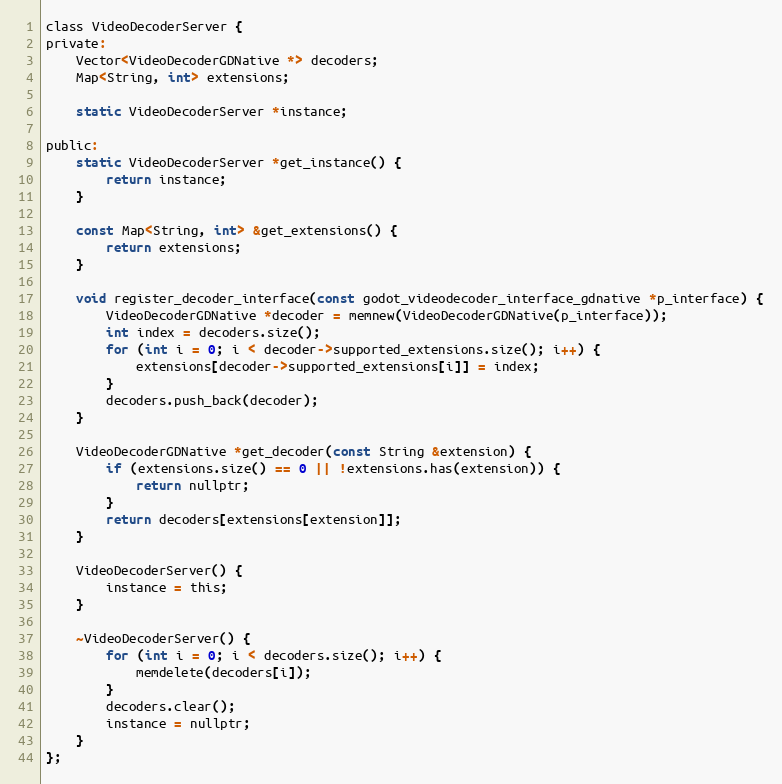
Language: C
class VideoDecoderServer {
private:
	Vector<VideoDecoderGDNative *> decoders;
	Map<String, int> extensions;

	static VideoDecoderServer *instance;

public:
	static VideoDecoderServer *get_instance() {
		return instance;
	}

	const Map<String, int> &get_extensions() {
		return extensions;
	}

	void register_decoder_interface(const godot_videodecoder_interface_gdnative *p_interface) {
		VideoDecoderGDNative *decoder = memnew(VideoDecoderGDNative(p_interface));
		int index = decoders.size();
		for (int i = 0; i < decoder->supported_extensions.size(); i++) {
			extensions[decoder->supported_extensions[i]] = index;
		}
		decoders.push_back(decoder);
	}

	VideoDecoderGDNative *get_decoder(const String &extension) {
		if (extensions.size() == 0 || !extensions.has(extension)) {
			return nullptr;
		}
		return decoders[extensions[extension]];
	}

	VideoDecoderServer() {
		instance = this;
	}

	~VideoDecoderServer() {
		for (int i = 0; i < decoders.size(); i++) {
			memdelete(decoders[i]);
		}
		decoders.clear();
		instance = nullptr;
	}
};